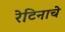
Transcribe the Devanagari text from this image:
रेटिनाचे